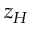
z _ { H }